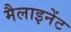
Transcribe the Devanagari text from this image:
मैलाइनेंट